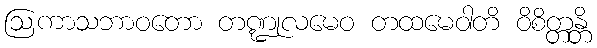
ဩကာသဘာဝတော တဏ္ဍုလမေဝ တထမေဝါတိ ဝိစိတ္တန္တိ